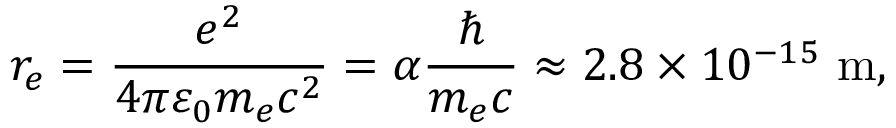
r _ { e } = { \frac { e ^ { 2 } } { 4 \pi \varepsilon _ { 0 } m _ { e } c ^ { 2 } } } = \alpha { \frac { \hbar } { m _ { e } c } } \approx 2 . 8 \times 1 0 ^ { - 1 5 } ~ { \mathrm { m } } ,